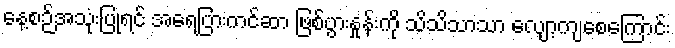
နေ့စဉ်အသုံးပြုရင် အရေပြားကင်ဆာ ဖြစ်ပွားနှုန်းကို သိသိသာသာ လျော့ကျစေကြောင်း